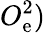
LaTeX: O_{\mathrm{e}}^{2})